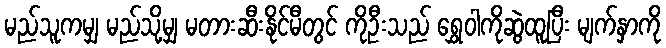
မည်သူကမျှ မည်သို့မျှ မတားဆီးနိုင်မီတွင် ကိုဦးသည် ရွှေဝါကိုဆွဲထူပြီး မျက်နှာကို